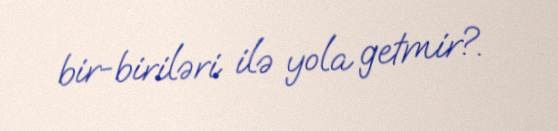
bir-biriləri ilə yola getmir?.